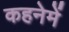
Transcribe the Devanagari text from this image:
कहनेमें